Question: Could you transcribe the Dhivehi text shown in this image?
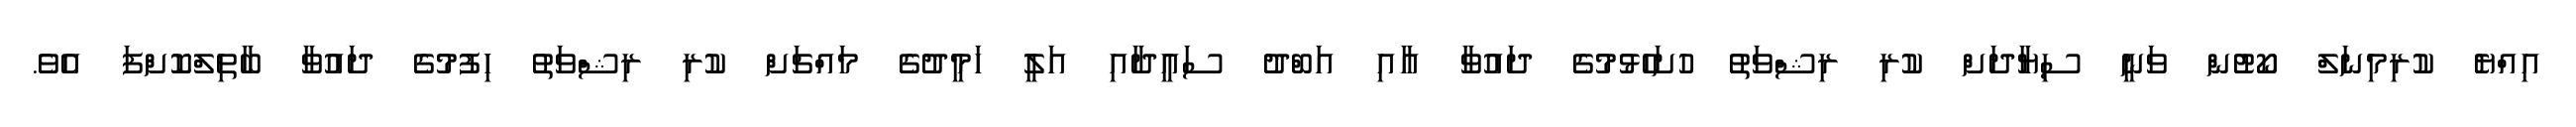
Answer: އިއްޔެ ކުރިމިނަލް ކޯޓުން ވަނީ ސިޔާދަށް ކުރި ރިޝްވަތު ހުށަހެޅުމުގެ ދައުވާ އާއި އަބްދު ސައީދާއި އަލީ ހަމީދުގެ މައްޗަށް ކުރި ރިޝްވަތު ހިފުމުގެ ދައުވާ ބާތިލްކޮށްފަ އެވެ.